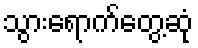
သွားရောက်တွေ့ဆုံ